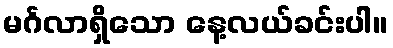
မင်္ဂလာရှိသော နေ့လယ်ခင်းပါ။